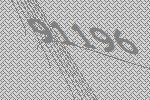
91196